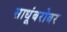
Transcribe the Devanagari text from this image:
साधूंबरोबर